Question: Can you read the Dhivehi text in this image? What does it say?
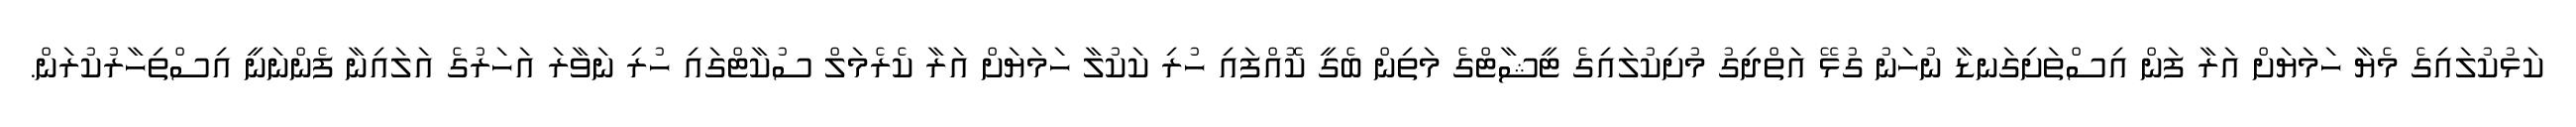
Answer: ކަޅުކުލައިގެ މެޔާ ހަމަޔަށް އަރާ ފަން އިސްތަށިގަނޑާ ނުހަނު ގުޅޭ އަތްދިގު މުށިކުލައިގެ ޓީޝާޓްގެ މަތިން ބެގީ ކޮއްފައި ހުރި ކަކުލާ ހަމަޔަށް އަރާ ކެރެމަލް ސުކާޓްގައި ހުރި ނަވާރަ އަހަރުގެ އަލައިނާ ފެންނަނީ އިސްތިހާރުކުރަން.